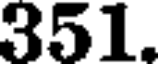
351.